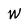
Character: w